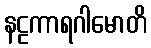
နဠကာရဂါမောတိ